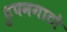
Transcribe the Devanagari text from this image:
टुपनगाटो